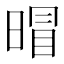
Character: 𱢕